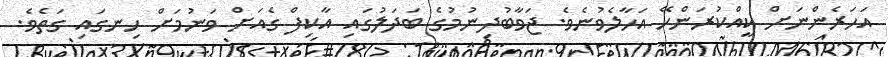
އަހަރެންނަށް ކީއްކުރަންހޭ އަހާލެވުނެވެ. ޖަވާބުދިނުމުގެ ބަދަލުގައި އާކިފް ގެއަށް ވަނުމަށް ހިނގައި ގަތެވެ.